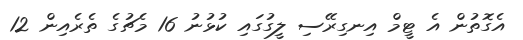
އެގޮތުން އެ ޓީމް އިނގިރޭސި ލީގުގައި ކުޅުނު 16 މެޗުގެ ތެރެއިން 12